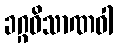
ခဂ္ဂဝိသာဏဝါ